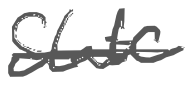
Text: State
Cross-out: single-line
Writing tool: digital_gray